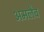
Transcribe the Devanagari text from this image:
अमलैब